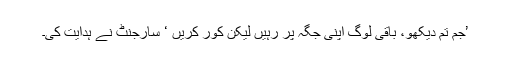
’جم تم دیکھو، باقی لوگ اپنی جگہ پر رہیں لیکن کور کریں ‘ سارجنٹ نے ہدایت کی۔